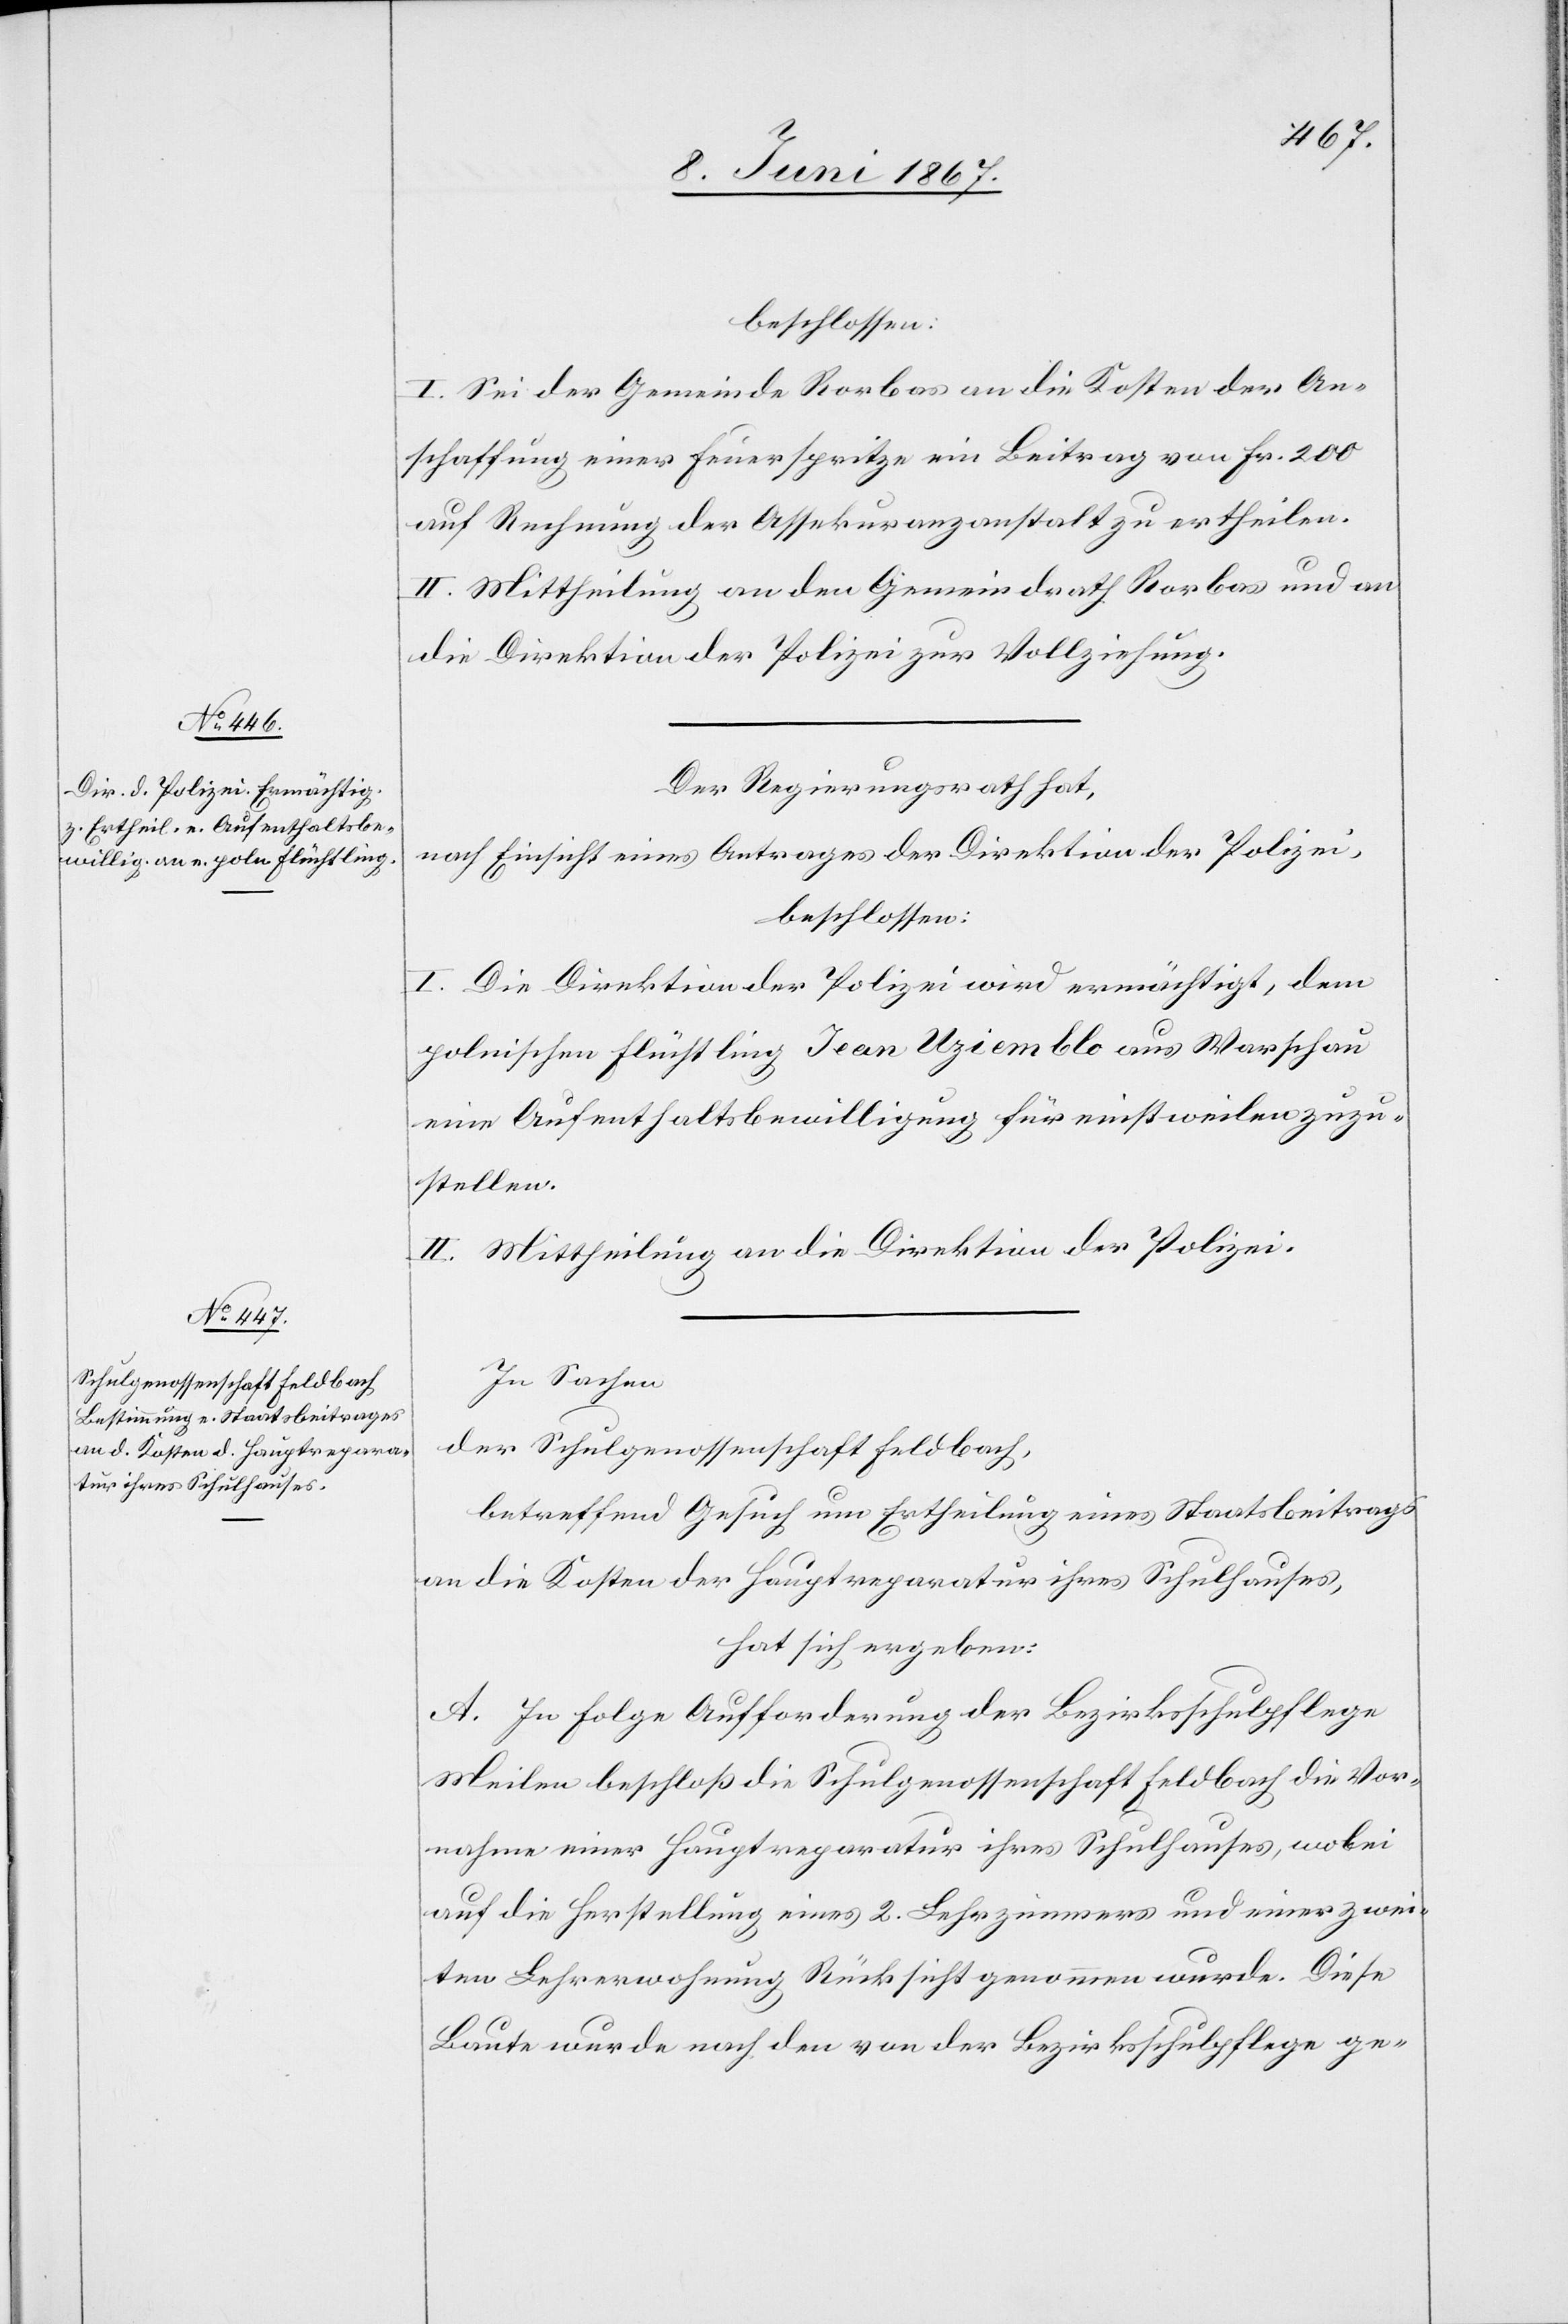
beschlossen:
I. Sei der Gemeinde Rorbas an die Kosten der An¬
schaffung einer Feuerspritze ein Beitrag von Fr. 200
auf Rechnung der Assekuranzanstalt zu ertheilen.
II. Mittheilung an den Gemeindrath Rorbas und an
die Direktion der Polizei zur Vollziehung.
Der Regierungsrath hat,
nach Einsicht eines Antrages der Direktion der Polizei,
beschlossen:
I.
Die Direktion der Polizei wird ermächtigt, dem
polnischen Flüchtling Jean Uziemblo aus Warschau
eine Aufenthaltsbewilligung für einstweilen zuzu¬
stellen.
II. Mittheilung an die Direktion der Polizei.
In Sachen
der Schulgenossenschaft Feldbach,
betreffend Gesuch um Ertheilung eines Staatsbeitrags
an die Kosten der Hauptreparatur ihres Schulhauses,
hat sich ergeben:
A. In Folge Aufforderung der Bezirksschulpflege
Meilen beschloß die Schulgenossenschaft Feldbach die Vor¬
nahme einer Hauptreparatur ihres Schulhauses, wobei
auf die Herstellung eines 2. Lehrzimmers und einer zwei¬
ten Lehrerwohnung Rücksicht genommen wurde. Diese
Baute wurde nach den von der Bezirksschulpflege ge-